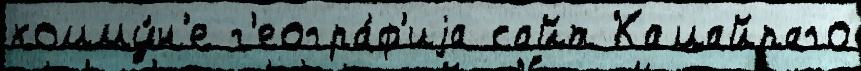
комму́н'е г'еогра́ф'иjа сайт Камайраго